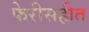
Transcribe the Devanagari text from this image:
फेरीसहीत